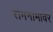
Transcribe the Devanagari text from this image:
रामनामावर